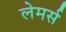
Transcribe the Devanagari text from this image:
लेमर्स